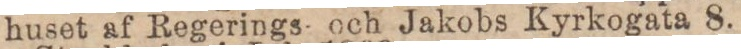
huset af Regerings och Jakobs Kyrkogata 8.